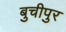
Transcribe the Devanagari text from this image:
बुचीपुर